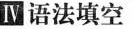
Ⅳ语法填空